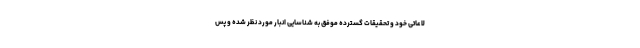
لاعاتی خود و تحقیقات گسترده موفق به شناسایی انبار مورد نظر شده و پس